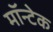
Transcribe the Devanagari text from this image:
मॉन्टेक